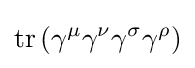
\operatorname {tr} \left(\gamma ^{\mu }\gamma ^{\nu }\gamma ^{\sigma }\gamma ^{\rho }\right)